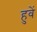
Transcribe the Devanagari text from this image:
हुवें